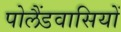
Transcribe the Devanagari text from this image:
पोलैंडवासियों